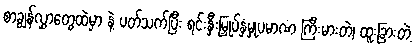
စာချွန်လွှာတွေထဲမှာ နဲ့ ပတ်သက်ပြီး ရင်းနှီးမြှုပ်နှံမှုပမာဏ ကြီးမားတဲ့၊ ထူးခြားတဲ့